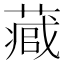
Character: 𮐻